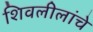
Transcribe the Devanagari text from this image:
शिवलीलांचे